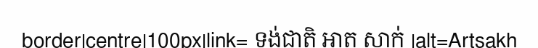
border|centre|100px|link= ទង់ជាតិ អាត សាក់ |alt=Artsakh